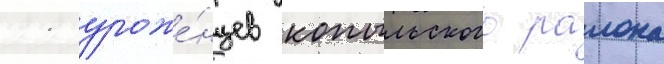
11 уроже́нцев копыльского раиона